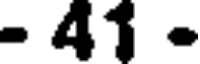
- 41 -